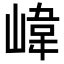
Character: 𡺨